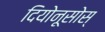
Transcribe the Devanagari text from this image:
दियोनूसोस्